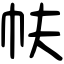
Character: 㠸